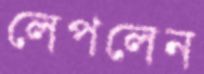
লেপলেন